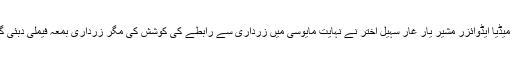
وہیں دستی کے میڈیا ایڈوائزر مشیر یارِ غار سہیل اختر نے نہایت مایوسی میں زرداری سے رابطے کی کوشش کی مگر زرداری بمعہ فیملی دبئی گئے ہوئے تھے۔